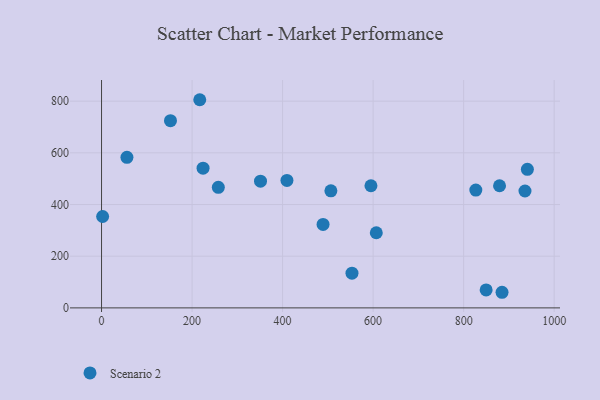
{"axis": {"x": "Engine Size", "y": "Salary"}, "legend": ["Scenario 2"], "data": [{"x": "351.2", "y": 490.5, "type": "Scenario 2"}, {"x": "935.5", "y": 452.3, "type": "Scenario 2"}, {"x": "224.3", "y": 540.6, "type": "Scenario 2"}, {"x": "826.9", "y": 455.8, "type": "Scenario 2"}, {"x": "56.1", "y": 582.8, "type": "Scenario 2"}, {"x": "607.0", "y": 290.7, "type": "Scenario 2"}, {"x": "258.0", "y": 466.4, "type": "Scenario 2"}, {"x": "2.4", "y": 353.6, "type": "Scenario 2"}, {"x": "849.7", "y": 69.6, "type": "Scenario 2"}, {"x": "940.8", "y": 536.4, "type": "Scenario 2"}, {"x": "152.3", "y": 724.5, "type": "Scenario 2"}, {"x": "879.3", "y": 472.6, "type": "Scenario 2"}, {"x": "553.3", "y": 134.5, "type": "Scenario 2"}, {"x": "489.4", "y": 322.8, "type": "Scenario 2"}, {"x": "217.0", "y": 805.6, "type": "Scenario 2"}, {"x": "409.6", "y": 493.3, "type": "Scenario 2"}, {"x": "884.8", "y": 60.4, "type": "Scenario 2"}, {"x": "506.7", "y": 453.1, "type": "Scenario 2"}, {"x": "595.2", "y": 472.6, "type": "Scenario 2"}]}